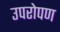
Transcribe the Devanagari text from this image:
उपरोपण